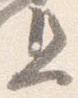
且